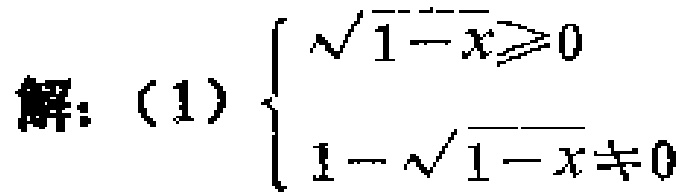
解：(1) \(\begin{cases}

\sqrt{1 - x} \geq 0 \\

1 - \sqrt{1 - x} \neq 0

\end{cases}\)